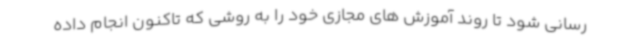
رسانی شود تا روند آموزش های مجازی خود را به روشی که تاکنون انجام داده